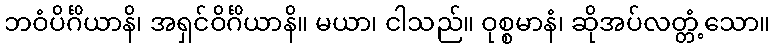
ဘဝံပိင်္ဂိယာနိ၊ အရှင်ဝိင်္ဂိယာနိ။ မယာ၊ ငါသည်။ ဝုစ္စမာနံ၊ ဆိုအပ်လတ္တံ့သော။